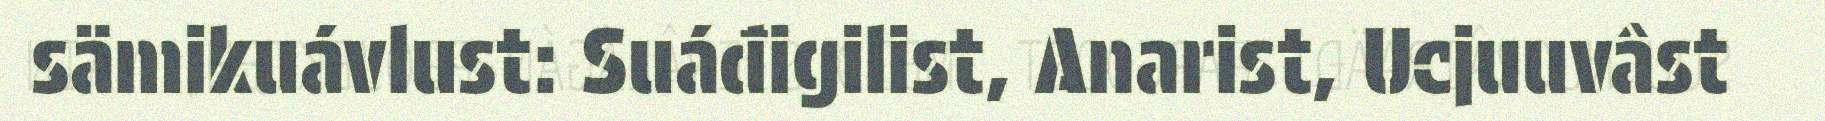
sämikuávlust: Suáđigilist, Anarist, Ucjuuvâst